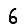
Digit: 6